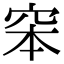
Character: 𥥑